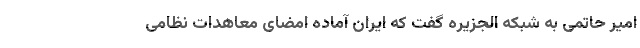
امیر حاتمی به شبکه الجزیره گفت که ایران آماده امضای معاهدات نظامی